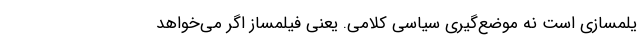
یلمسازی است نه موضع‌گیریِ سیاسیِ کلامی. یعنی فیلمساز اگر می‌خواهد